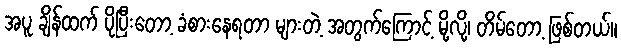
အပူ ချိန်ထက် ပိုပြီးတော့ ခံစားနေရတာ များတဲ့ အတွက်ကြောင့် မို့လို့၊ တိမ်တော့ ဖြစ်တယ်။